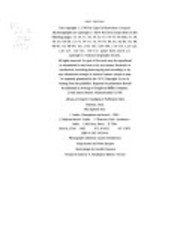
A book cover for The Imperial Way: By rail from Peshawar to Chittagong; Paul Theroux; Travel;